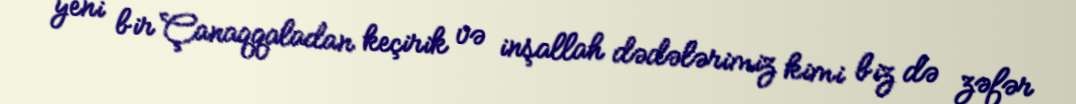
yeni bir Çanaqqaladan keçirik və inşallah dədələrimiz kimi biz də zəfər